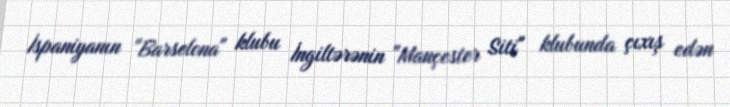
İspaniyanın "Barselona" klubu İngiltərənin "Mançester Siti" klubunda çıxış edən